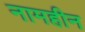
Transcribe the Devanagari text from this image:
नामहीन